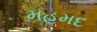
મહમદ